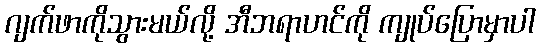
ဂျက်ဖာကိုသွားမယ်လို့ အီဘရာဟင်ကို ကျုပ်ပြောမှာပါ